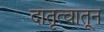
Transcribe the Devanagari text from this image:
दातृत्वातून